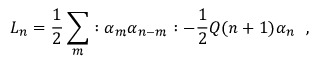
L _ { n } = \frac { 1 } { 2 } \sum _ { m } : \alpha _ { m } \alpha _ { n - m } : - \frac { 1 } { 2 } { \cal Q } ( n + 1 ) \alpha _ { n } ~ ~ ,